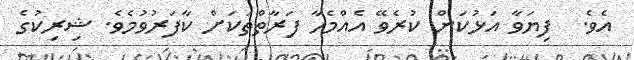
އެވެ.  ފިޔަވާ އަޅުކަން ކުރެވޭ އެއްމެހާ ފަރާތްތަކަށް ކާފަރުވުމެވެ. ޝިރިކުގެ